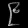
Digit: ၉